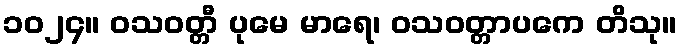
၁၀၂၄။ ဝသဝတ္တီ ပုမေ မာရေ၊ ဝသဝတ္တာပကေ တိသု။